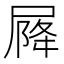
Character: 𡲣